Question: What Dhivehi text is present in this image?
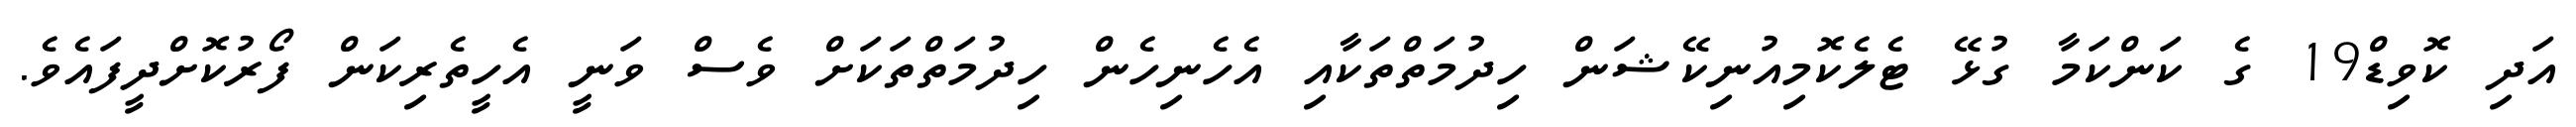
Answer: އަދި ކޮވިޑް19 ގެ ކަންކަމާ ގުޅޭ ޓެލެކޮމިއުނިކޭޝަން ހިދުމަތްތަކާއި އެހެނިހެން ހިދުމަތްތަކަށް ވެސް ވަނީ އެހީތެރިކަން ފޯރުކޮށްދީފައެވެ.